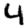
Digit: 4